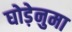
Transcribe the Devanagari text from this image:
घोड़ेनुमा